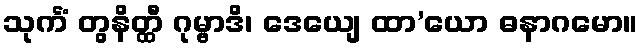
သုင်္ကံ တွနိတ္ထီ ဂုမ္ဗာဒိ၊ ဒေယျေ ထာ’ယော ဓနာဂမော။